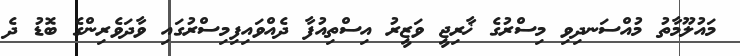
މައުލޫމާތު މުއްސަނދިވި މިސްރުގެ ޚާރިޖީ ވަޒީރު އިސްތިއުފާ ދެއްވައިފިމިސްރުގައި ވާދަވެރިންގެ ބޮޑު ދެ